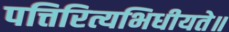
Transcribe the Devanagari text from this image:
पत्तिरित्यभिधीयते॥